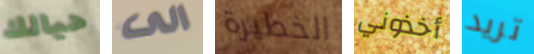
حيالك الى الخطيرة أخذوني تريد